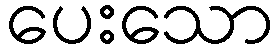
ပေးသော